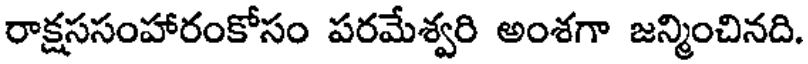
రాక్షససంహారంకోసం పరమేశ్వరి అంశగా జన్మించినది.